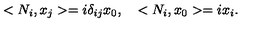
< N _ { i } , x _ { j } > = i \delta _ { i j } x _ { 0 } , \quad < N _ { i } , x _ { 0 } > = i x _ { i } .